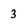
Character: 3